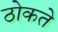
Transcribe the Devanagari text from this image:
ठोकते